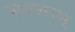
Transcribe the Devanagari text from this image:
सरलाम्